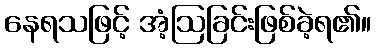
နေရသဖြင့် အံ့ဩခြင်းဖြစ်ခဲ့ရ၏။